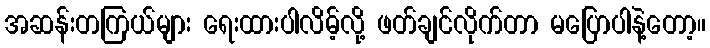
အဆန်းတကြယ်များ ရေးထားပါလိမ့်လို့ ဖတ်ချင်လိုက်တာ မပြောပါနဲ့တော့။